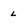
Character: L